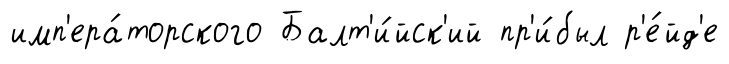
имп'ера́торского Балт'и́йск'ий пр'и́был р'е́йд'е